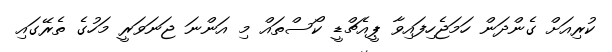
ކުރިއަށް ގެންދަން ހަމަޖެހިފައިވާ ޕީއެޗްޑީ ކޯސްތައް މި އަންނަ ޖަނަވަރީ މަހުގެ ތެރޭގައި